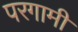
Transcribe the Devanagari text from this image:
परगामी